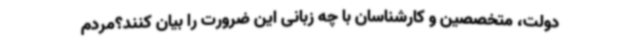
دولت، متخصصین و کارشناسان با چه زبانی این ضرورت را بیان کنند؟مردم